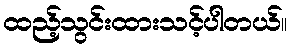
ထည့်သွင်းထားသင့်ပါတယ်။